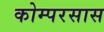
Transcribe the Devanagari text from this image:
कोम्परसास